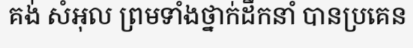
គង់ សំអុល ព្រមទាំងថ្នាក់ដឹកនាំ បានប្រគេន